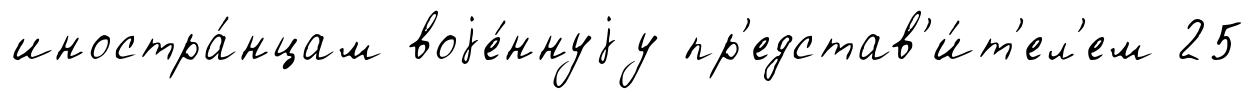
иностра́нцам воjе́ннуjу пр'едстав'и́т'ел'ем 25